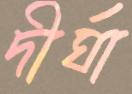
দীর্ঘা